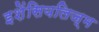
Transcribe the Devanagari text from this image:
इशेंसियलिज्म